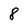
Character: 8